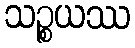
သဉ္စယဿ